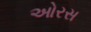
ઓરસ